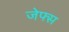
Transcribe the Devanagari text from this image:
जेफ्स